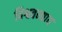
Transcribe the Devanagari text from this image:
विश्ववन्द्याय